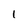
Character: I